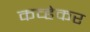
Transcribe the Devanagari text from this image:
कव्हेकर